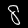
Digit: 8